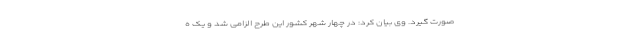
صورت گیرد. وی بیان کرد: در چهار شهر کشور این طرح الزامی شد و یک ه